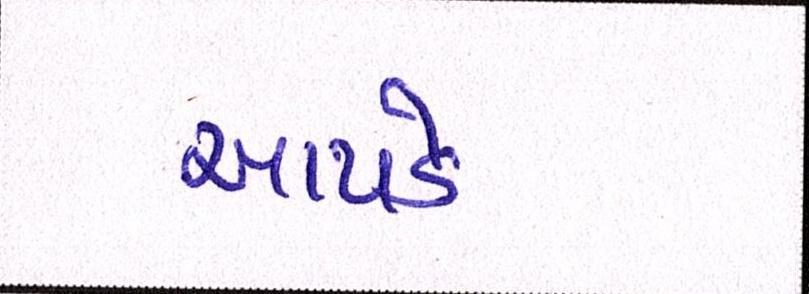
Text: આપડે